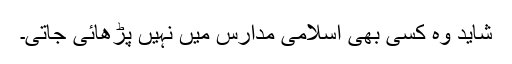
شاید وہ کسی بھی اسلامی مدارس میں نہیں پڑھائی جاتی۔